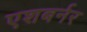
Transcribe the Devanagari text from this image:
एशबर्नर